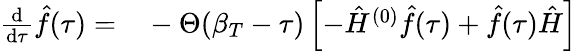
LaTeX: \begin{array}{rl}{\frac{\mathrm{d}}{\mathrm{d}\tau}\hat{f}(\tau)=}&{{}-\Theta(\beta_{T}-\tau)\left[-\hat{H}^{(0)}\hat{f}(\tau)+\hat{f}(\tau)\hat{H}\right]}\end{array}